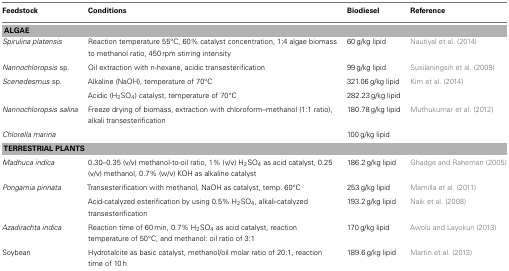
<table><thead><tr><td><b>Feedstock</b></td><td><b>Conditions</b></td><td><b>Biodiesel</b></td><td><b>Reference</b></td></tr></thead><tbody><tr><td colspan="4"><b>ALGAE</b></td></tr><tr><td><i>Spirulina platensis</i></td><td>Reaction temperature 55°C, 60% catalyst concentration, 1:4 algae biomass to methanol ratio, 450 rpm stirring intensity</td><td>60 g/kg lipid</td><td>Nautiyal et al. (2014)</td></tr><tr><td><i>Nannochloropsis</i> sp.</td><td>Oil extraction with n-hexane, acidic transesterification</td><td>99 g/kg lipid</td><td>Susilaningsih et al. (2009)</td></tr><tr><td><i>Scenedesmus</i> sp.</td><td>Alkaline (NaOH), temperature of 70°C</td><td>321.06 g/kg lipid</td><td>Kim et al. (2014)</td></tr><tr><td></td><td>Acidic (H<sub>2</sub>SO<sub>4</sub>) catalyst, temperature of 70°C</td><td>282.23 g/kg lipid</td><td></td></tr><tr><td><i>Nannochloropsis salina</i></td><td>Freeze drying of biomass, extraction with chloroform–methanol (1:1 ratio), alkali transesterification</td><td>180.78 g/kg lipid</td><td>Muthukumar et al. (2012)</td></tr><tr><td><i>Chlorella marina</i></td><td></td><td>100 g/kg lipid</td><td></td></tr><tr><td colspan="4"><b>TERRESTRIAL PLANTS</b></td></tr><tr><td><i>Madhuca indica</i></td><td>0.30–0.35 (v/v) methanol-to-oil ratio, 1% (v/v) H<sub>2</sub>SO<sub>4</sub> as acid catalyst, 0.25 (v/v) methanol, 0.7% (w/v) KOH as alkaline catalyst</td><td>186.2 g/kg lipid</td><td>Ghadge and Raheman (2005)</td></tr><tr><td><i>Pongamia pinnata</i></td><td>Transesterification with methanol, NaOH as catalyst, temp. 60°C</td><td>253 g/kg lipid</td><td>Mamilla et al. (2011)</td></tr><tr><td></td><td>Acid-catalyzed esterification by using 0.5% H<sub>2</sub>SO<sub>4</sub>, alkali-catalyzed transesterification</td><td>193.2 g/kg lipid</td><td>Naik et al. (2008)</td></tr><tr><td><i>Azadirachta indica</i></td><td>Reaction time of 60 min, 0.7% H<sub>2</sub>SO<sub>4</sub> as acid catalyst, reaction temperature of 50°C, and methanol: oil ratio of 3:1</td><td>170 g/kg lipid</td><td>Awolu and Layokun (2013)</td></tr><tr><td>Soybean</td><td>Hydrotalcite as basic catalyst, methanol/oil molar ratio of 20:1, reaction time of 10 h</td><td>189.6 g/kg lipid</td><td>Martin et al. (2013)</td></tr></tbody></table>